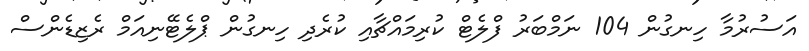
އަސުރުމާ ހިނގުން 104 ނަމްބަރު ފްލެޓް ކުރިމައްޗާއި ކުރެދި ހިނގުން ޕްލެޓޭނިއަމް ރެޒިޑެންސް